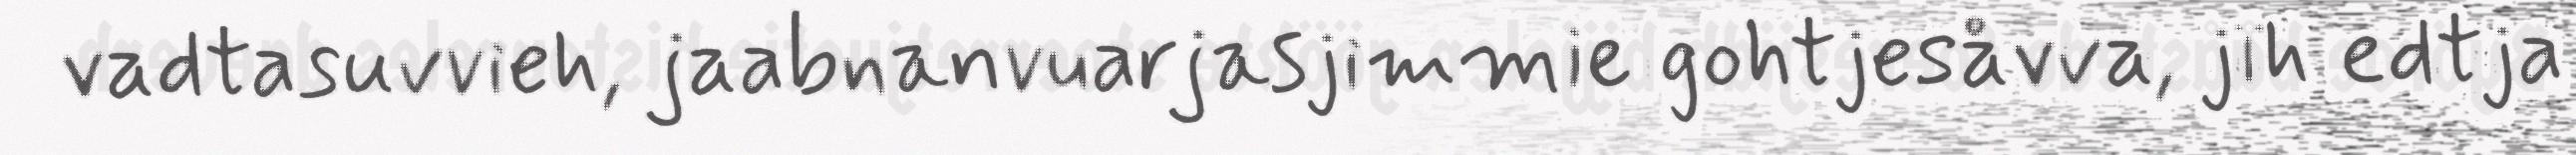
vadtasuvvieh, jaabnanvuarjasjimmie gohtjesåvva, jïh edtja